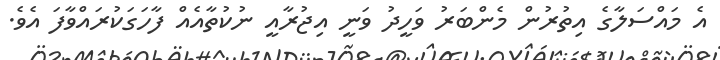
އެ މައްސަލާގެ އިތުރުން މެންބަރު ވަހީދު ވަނީ އިޖުރާއީ ނުކުތާއެއް ފާހަގަކުރައްވާފަ އެވެ.